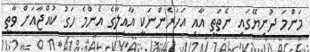
މަންމަ ދުނިޔޭގައި ނެތަތީ އާއި އަހަރެންނަކީ އާއިލާގެ އެންމެ ހަގު ކުއްޖާއަށް ވާތީ